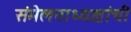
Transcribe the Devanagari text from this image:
संमेलनाध्यक्षांची